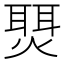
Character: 𬋇